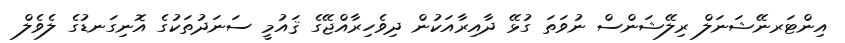
އިންޓަރނޭޝަނަލް ރިލޭޝަންސް ނުވަތަ ގުޅޭ ދާއިރާއަކުން ދިވެހިރާއްޖޭގެ ޤައުމީ ސަނަދުތަކުގެ އޮނިގަނޑުގެ ލެވެލް